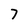
Character: 7